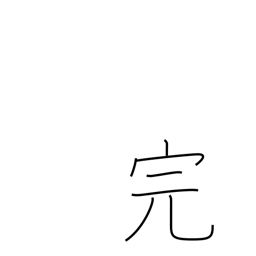
Meaning: end